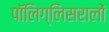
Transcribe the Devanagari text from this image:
पॉलिग्लिसरालों